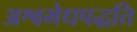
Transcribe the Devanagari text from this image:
अश्वमेधपद्धति